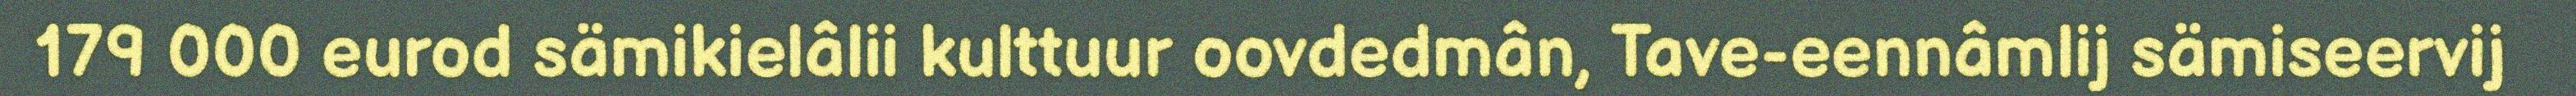
179 000 eurod sämikielâlii kulttuur oovdedmân, Tave-eennâmlij sämiseervij